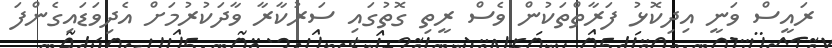
ރައީސް ވަނީ އިދިކޮޅު ފަރާތްތަކުން ވެސް ރީތި ގޮތުގައި ސަރުކާރާ ވާދަކުރުމަށް އެދިވަޑައިގެންފަ